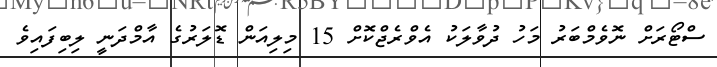
ސްޓޯރަށް ނޮވެމްބަރު މަހު ދުވާލަކު އެވްރެޖްކޮށް 15 މިލިއަން ޑޮލަރުގެ އާމްދަނީ ލިބިފައިވެ